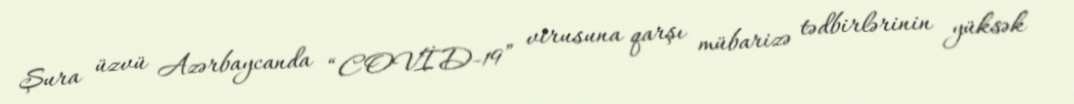
Şura üzvü Azərbaycanda “COVİD-19” virusuna qarşı mübarizə tədbirlərinin yüksək